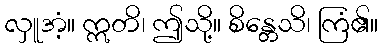
လှူအံ့။ ဣတိ၊ ဤသို့။ စိန္တေသိ၊ ကြံ၏။